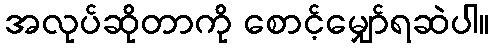
အလုပ်ဆိုတာကို စောင့်မျှော်ရဆဲပါ။